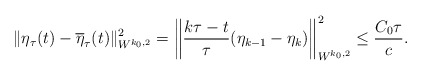
\begin{align*}\|\eta_{\tau}(t) - \overline{\eta}_{\tau}(t)\|_{W^{k_0,2}}^2 = \left\|\frac{k \tau - t}{\tau}(\eta_{k - 1} - \eta_k)\right\|_{W^{k_0,2}}^2 \le \frac{C_0 \tau}{c}.\end{align*}